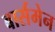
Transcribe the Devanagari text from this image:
बार्समेन